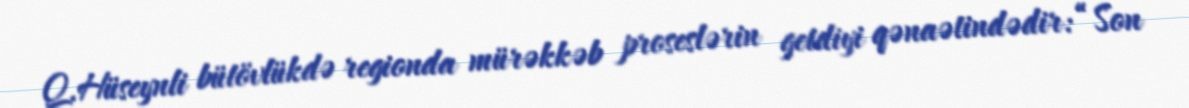
Q.Hüseynli bütövlükdə regionda mürəkkəb proseslərin getdiyi qənaətindədir: “Son